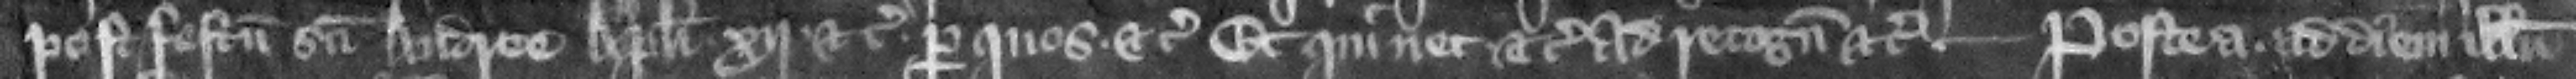
post festum Sancti Andre Apostoli .xij. etc. per quos etc. et qui nec etc. ad recognoscendum etc. Postea ad diem illum